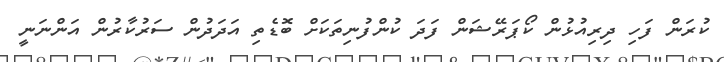
ކުރަން ފަހި ދިރިއުޅުން ކޯޕަރޭޝަން ފަދަ ކުންފުނިތަކަށް ބޮޑެތި އަދަދުން ސަރުކާރުން އަންނަނީ